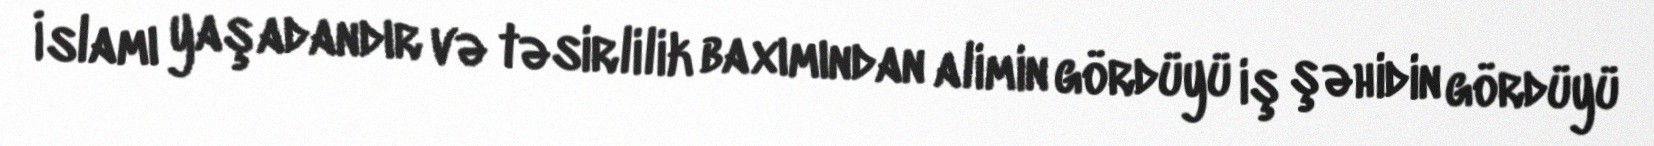
İslamı yaşadandır və təsirlilik baxımından alimin gördüyü iş şəhidin gördüyü